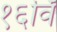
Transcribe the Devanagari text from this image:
१६विँ